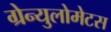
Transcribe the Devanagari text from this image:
ग्रेन्युलोमेटस